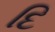
દિ